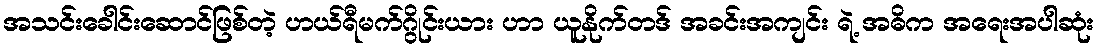
အသင်းခေါင်းဆောင်ဖြစ်တဲ့ ဟယ်ရီမက်ဂွိုင်းယား ဟာ ယူနိုက်တဒ် အခင်းအကျင်း ရဲ့ အဓိက အရေးအပါဆုံး